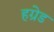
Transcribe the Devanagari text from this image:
हग्रेड